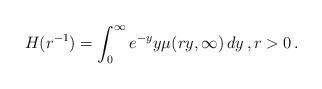
LaTeX: \begin{align*} H(r^{-1})=\int_0^\infty e^{-y} y\mu(r y,\infty)\,dy\,,r>0\,.\end{align*}